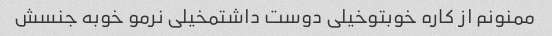
ممنونم از کاره خوبتوخیلی دوست داشتمخیلی نرمو خوبه جنسش